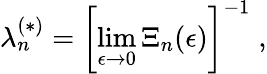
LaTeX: \lambda_{n}^{(\ast)}=\left[\operatorname*{lim}_{\epsilon\rightarrow 0}\Xi_{n}(\epsilon)\right]^{-1}\; ,